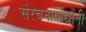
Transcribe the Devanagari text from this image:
संरचनावाद्यांनी